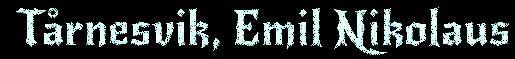
Tårnesvik, Emil Nikolaus